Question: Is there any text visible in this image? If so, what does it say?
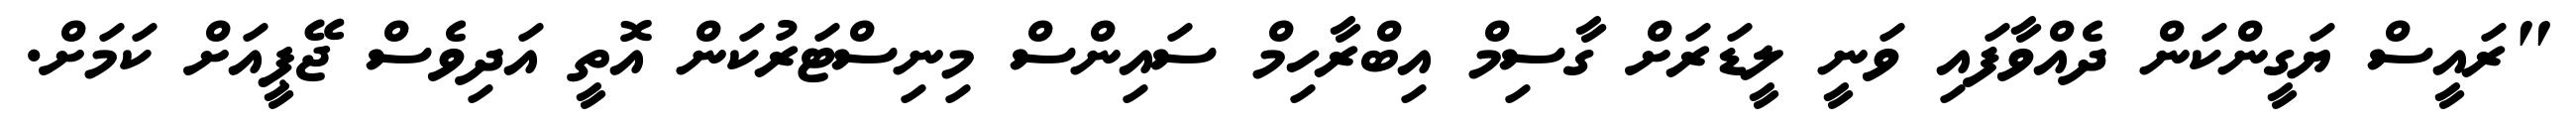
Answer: "ރައީސް ޔަގީންކަން ދެއްވާފައި ވަނީ ލީޑަރަށް ގާސިމް އިބްރާހިމް ސައިންސް މިނިސްޓަރުކަން އޮތީ އަދިވެސް ޖޭޕީއަށް ކަމަށް.